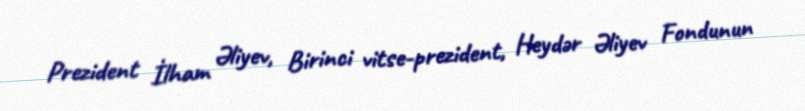
Prezident İlham Əliyev, Birinci vitse-prezident, Heydər Əliyev Fondunun